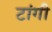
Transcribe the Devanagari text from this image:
टांगी